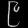
Digit: ၉